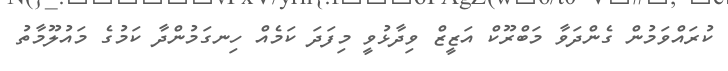
ކުރައްވަމުން ގެންދަވާ މަބްރޫކް އަޒީޒް ވިދާޅުވީ މިފަދަ ކަމެއް ހިނގަމުންދާ ކަމުގެ މައުލޫމާތު